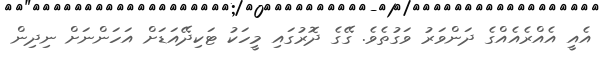
އެއީ އެއްރެއެއްގެ ދަންވަރު ވަގުތެވެ. ގޭގެ ދޮރުގައި މީހަކު ޓަކިދޭއަޑަށް އަހަންނަށް ނިދިން